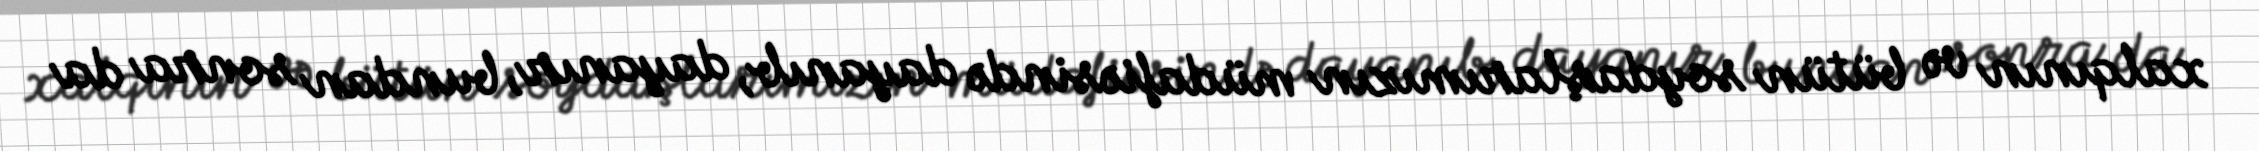
xalqının və bütün soydaşlarımızın müdafiəsində dayanıb, dayanır, bundan sonra da